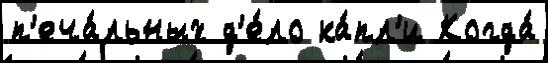
п'еча́льных д'е́ло ка́пл'и Когда́